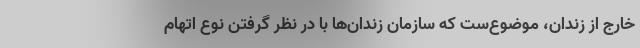
خارج از زندان، موضوع‌ست که سازمان زندان‌ها با در نظر گرفتن نوع اتهام